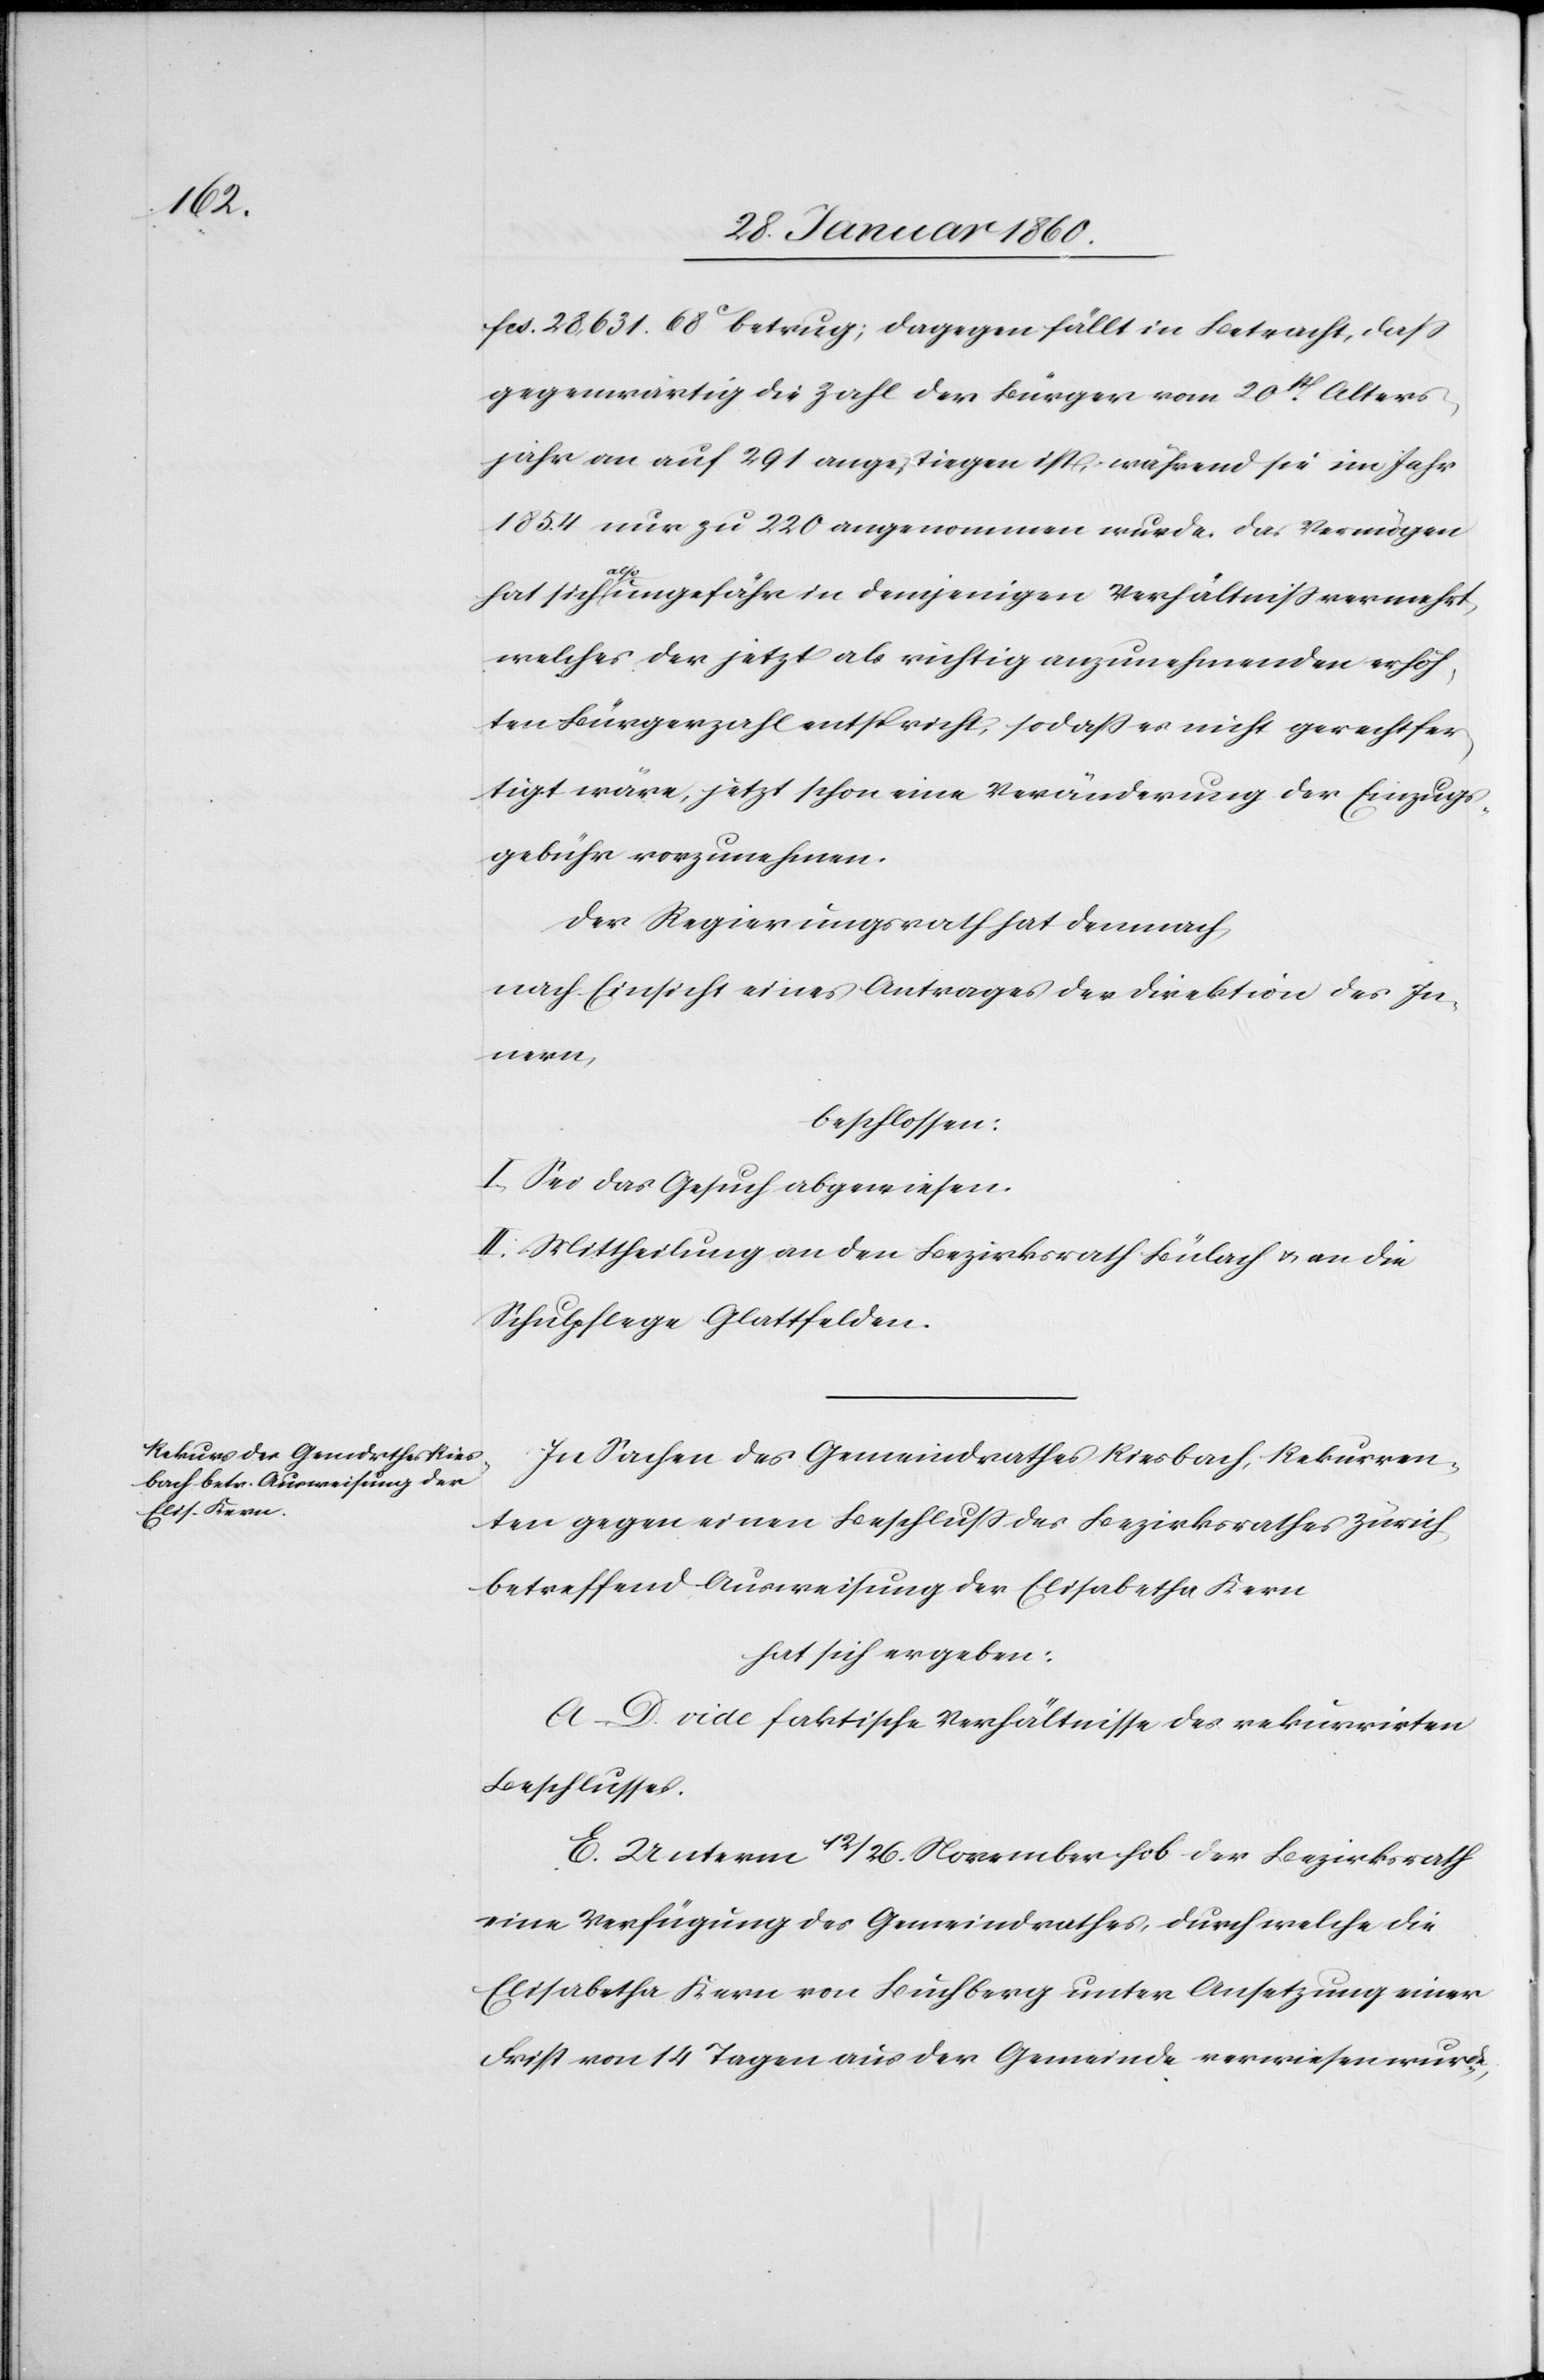
gegenwärtig die Zahl der Bürger vom 20t Alters¬
jahr an auf 291 angestiegen ist, während sie im Jahr
1854 nur zu 220 angenommen wurde. Das Vermögen
hat sich also ungefähr in demjenigen Verhältniss vermehrt,
welches der jetzt als richtig anzunehmenden erhöh¬
ten Bürgerzahl entspricht, so dass es nicht gerechtfer¬
tigt wäre, jetzt schon eine Veränderung der Einzugs¬
gebühren vorzunehmen.
Der Regierungsrath hat demnach,
nach Einsicht eines Antrages der Direktion des In¬
nern,
beschlossen:
I. Sei das Gesuch abgewiesen.
II. Mittheilung an den Bezirksrath Bülach u. an die
Schulpflege Glattfelden.
In Sachen des Gemeindrathes Riesbach, Rekurren¬
ten gegen einen Beschluss des Bezirksrathes Zürich,
betreffend Ausweisung der Elisabetha Kern
hat sich ergeben:
A–D. vide faktische Verhältnisse des rekurrirten
Beschlusses.
E. Unterm 12/26. November hob der Bezirksrath
eine Verfügung des Gemeindrathes, durch welche die
Elisabetha Kern von Buchberg unter Ansetzung einer
Frist von 14 Tagen aus der Gemeinde verwiesen wurde,